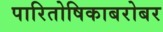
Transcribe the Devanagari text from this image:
पारितोषिकाबरोबर